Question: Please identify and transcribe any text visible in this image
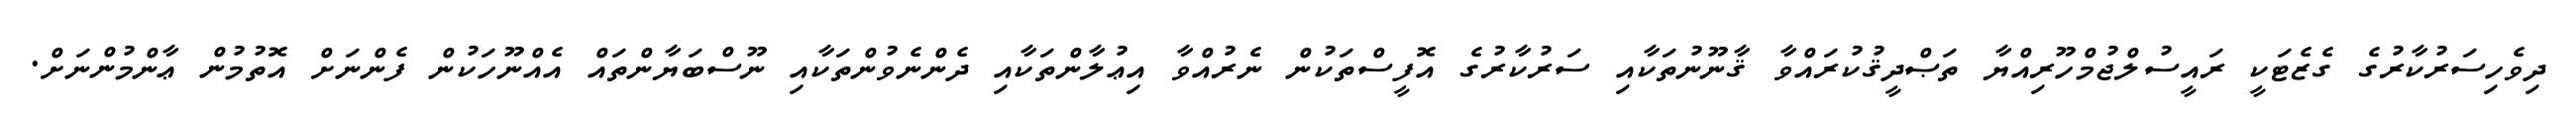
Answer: ދިވެހިސަރުކާރުގެ ގެޒެޓަކީ ރައީސުލްޖުމްހޫރިއްޔާ ތަޞްދީޤުކުރައްވާ ޤާނޫނުތަކާއި ސަރުކާރުގެ އޮފީސްތަކުން ނެރުއްވާ އިޢުލާންތަކާއި ދެންނެވުންތަކާއި ނޫސްބަޔާންތައް އެއްނޫހަކުން ފެންނަށް އޮތުމުން ޢާންމުންނަށް.